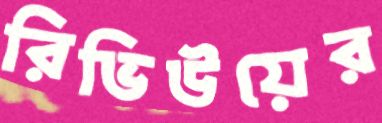
রিভিউয়ের